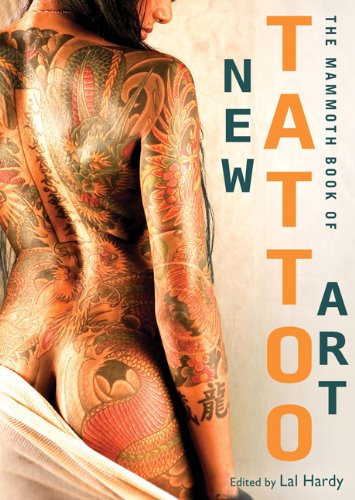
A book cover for The Mammoth Book of New Tattoo Art; Arts & Photography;